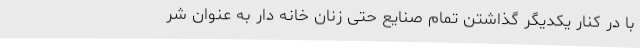
با در کنار یکدیگر گذاشتن تمام صنایع حتی زنان خانه دار به عنوان شر